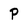
Character: P